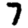
Digit: 7